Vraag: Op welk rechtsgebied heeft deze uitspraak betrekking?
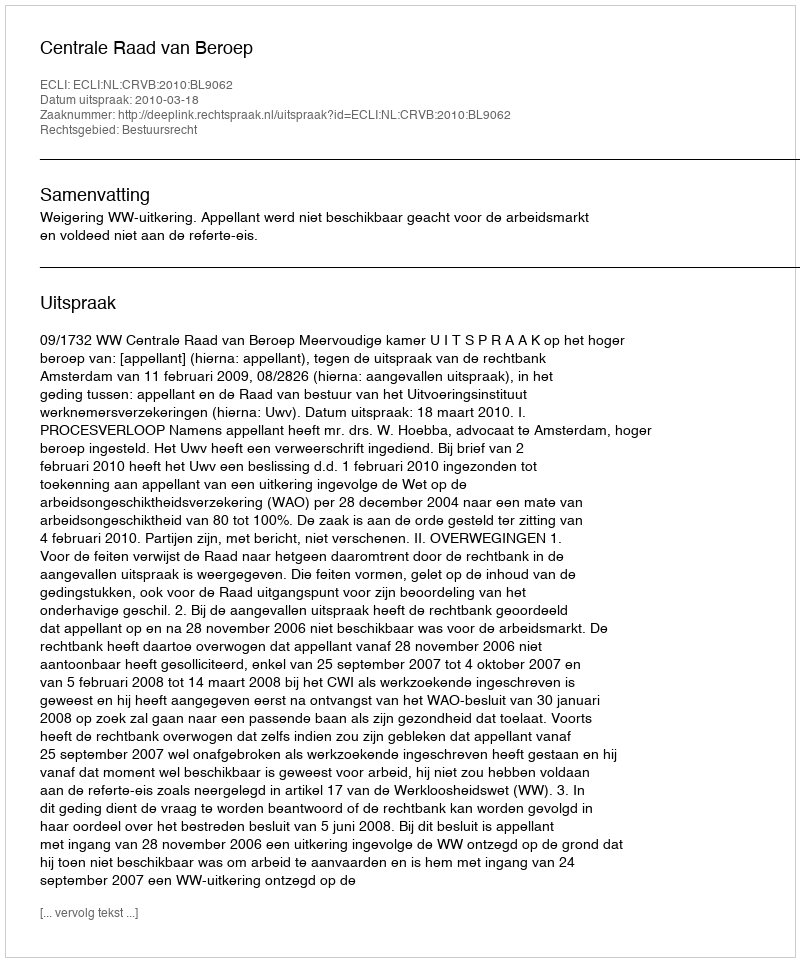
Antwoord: Bestuursrecht